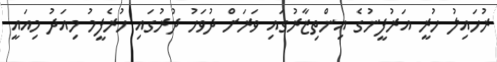
ރުހައިލު ހުރީ އަރުފީނުގެ އިންތިޒާރުގައި ވަރަށް ދުވަހު ދުރުގައި ހުރެފީމު މިއަދު މިއައީ